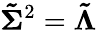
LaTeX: \boldsymbol{\tilde{\Sigma}}^{2}=\boldsymbol{\tilde{\Lambda}}